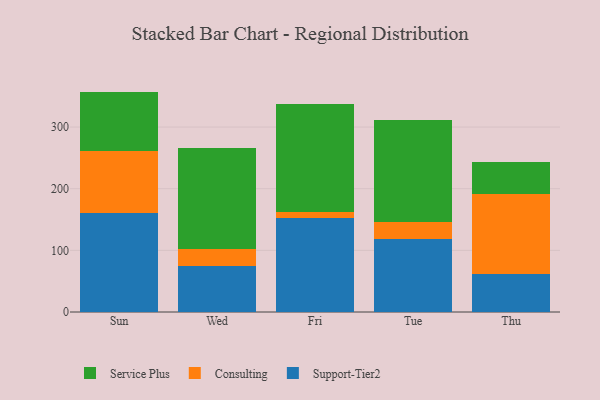
{"axis": {"x": "Day", "y": "Waste Production (Tons)"}, "legend": ["Consulting", "Service Plus", "Support-Tier2"], "data": [{"x": "Sun", "y": 161.2, "type": "Support-Tier2"}, {"x": "Sun", "y": 100.2, "type": "Consulting"}, {"x": "Sun", "y": 96.1, "type": "Service Plus"}, {"x": "Wed", "y": 73.9, "type": "Support-Tier2"}, {"x": "Wed", "y": 27.6, "type": "Consulting"}, {"x": "Wed", "y": 164.4, "type": "Service Plus"}, {"x": "Fri", "y": 152.4, "type": "Support-Tier2"}, {"x": "Fri", "y": 9.4, "type": "Consulting"}, {"x": "Fri", "y": 176.3, "type": "Service Plus"}, {"x": "Tue", "y": 118.5, "type": "Support-Tier2"}, {"x": "Tue", "y": 28.1, "type": "Consulting"}, {"x": "Tue", "y": 164.6, "type": "Service Plus"}, {"x": "Thu", "y": 61.2, "type": "Support-Tier2"}, {"x": "Thu", "y": 130.0, "type": "Consulting"}, {"x": "Thu", "y": 51.8, "type": "Service Plus"}]}